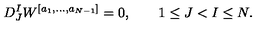
D _ { J } ^ { I } W ^ { [ a _ { 1 } , \ldots , a _ { N - 1 } ] } = 0 , \qquad 1 \leq J < I \leq N .